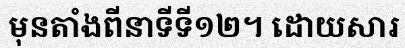
មុនតាំងពីនាទីទី១២។ ដោយសារ